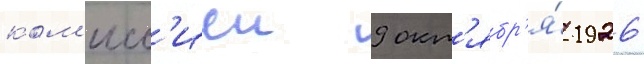
ком'исс'иеи 9 окт'ябр'я́ 1926